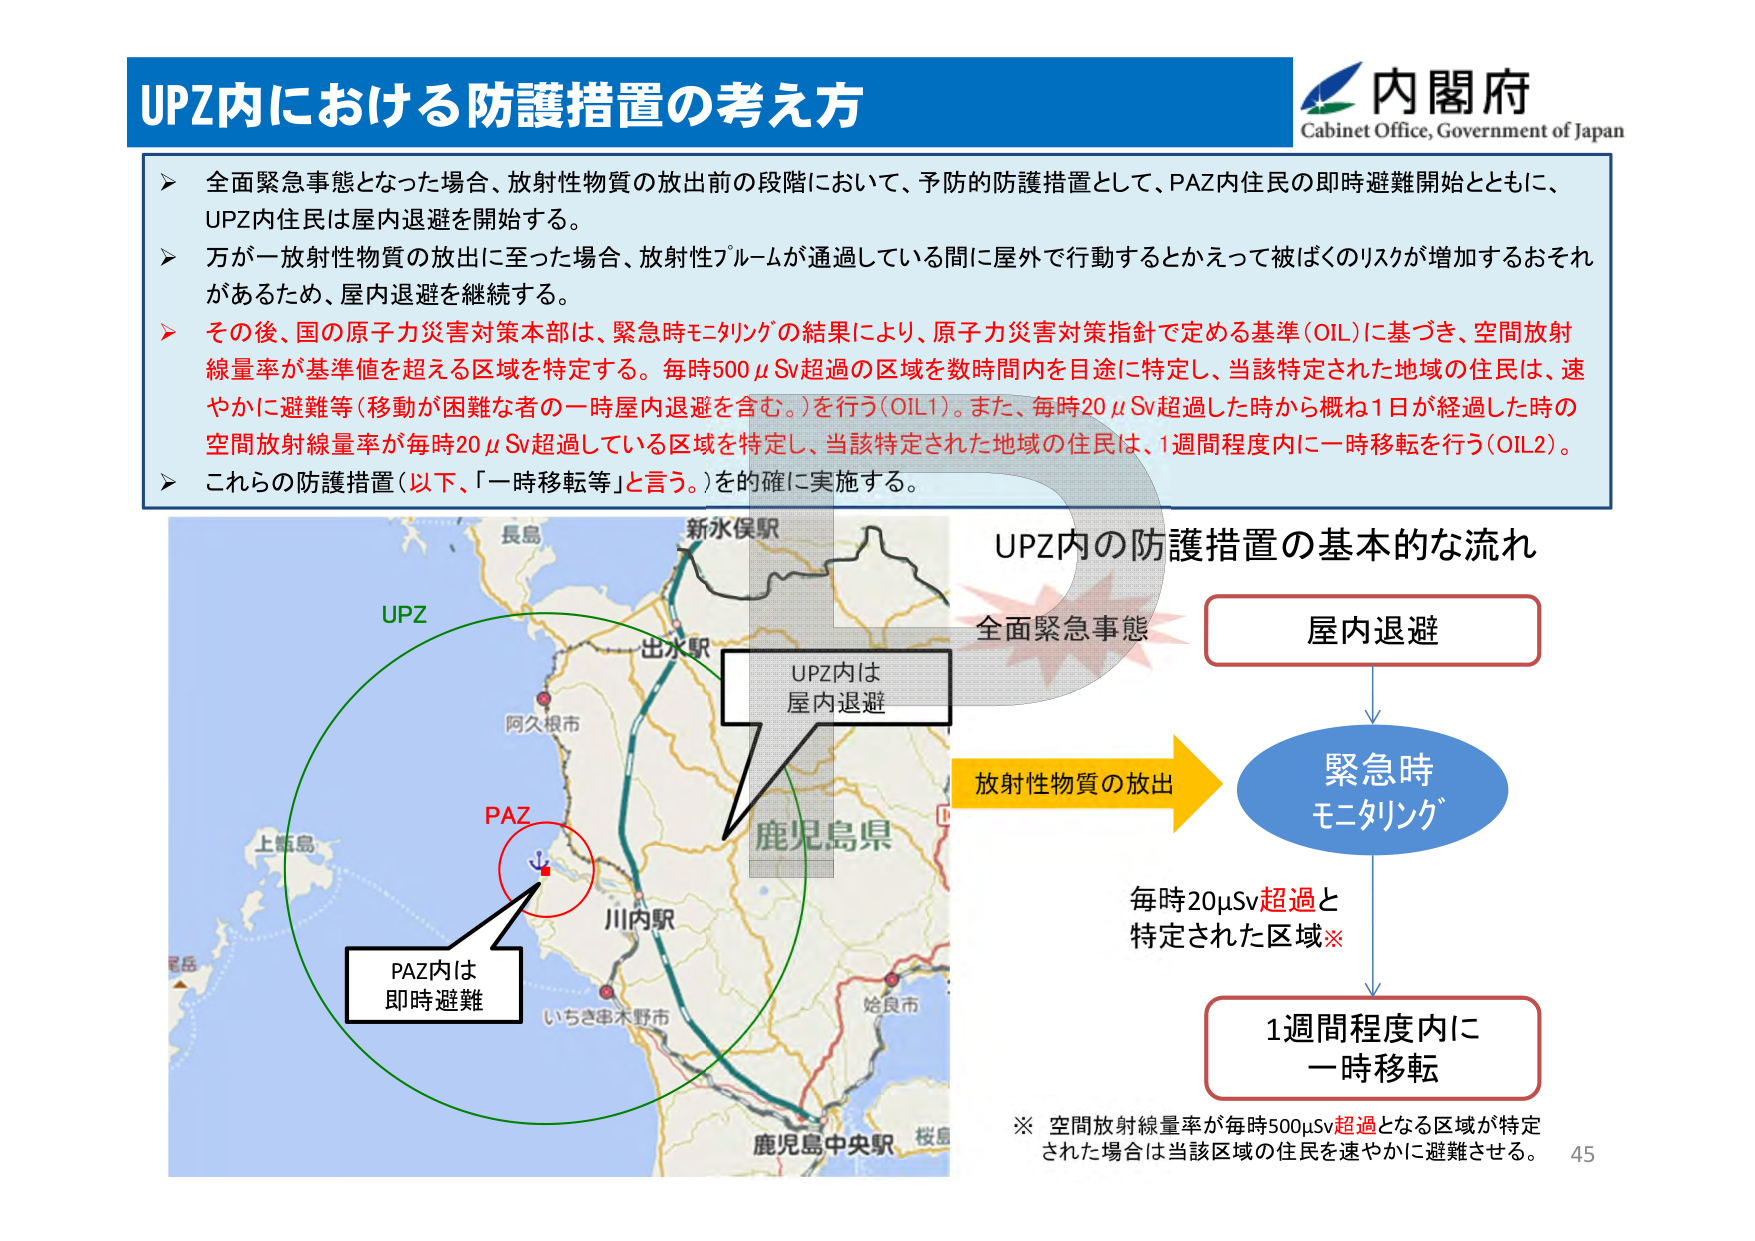
UPZ内における防護措置の考え方

内閣府
Cabinet Office, Government of Japan

▶ 全面緊急事態となった場合、放射性物質の放出前の段階において、予防的防護措置として、PAZ内住民の即時避難開始とともに、UPZ内住民は屋内退避を開始する。

▶ 万が一放射性物質の放出に至った場合、放射性プルームが通過している間に屋外で行動するとかえって被ばくのリスクが増加するおそれがあるため、屋内退避を継続する。

▶ その後、国の原子力災害対策本部は、緊急時モニタリングの結果により、原子力災害対策指針で定める基準（OIL）に基づき、空間放射線量率が基準値を超える区域を特定する。毎時500μSv超過の区域を数時間内を目途に特定し、当該特定された地域の住民は、速やかに避難等（移動が困難な者の一時屋内退避を含む。）を行う（OIL1）。また、毎時20μSv超過した時から概ね1日が経過した時の空間放射線量率が毎時20μSv超過している区域を特定し、当該特定された地域の住民は、1週間程度内に一時移転を行う（OIL2）。

▶ これらの防護措置（以下、「一時移転等」と言う。）を的確に実施する。

UPZ内の防護措置の基本的な流れ

全面緊急事態 → 屋内退避

放射性物質の放出 → 緊急時モニタリング

毎時20μSv超過と特定された区域※ → 1週間程度内に一時移転

※ 空間放射線量率が毎時500μSv超過となる区域が特定された場合は当該区域の住民を速やかに避難させる。

UPZ
PAZ
PAZ内は即時避難
UPZ内は屋内退避

長島
新水俣駅
出水駅
阿久根市
鹿児島県
川内駅
いちき串木野市
姶良市
鹿児島中央駅
桜島
上甑島
甑島

45